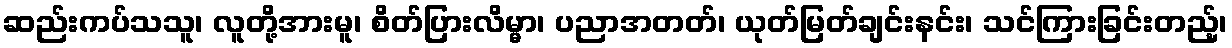
ဆည်းကပ်သသူ၊ လူတို့အားမူ၊ စိတ်ပြားလိမ္မာ၊ ပညာအတတ်၊ ယုတ်မြတ်ချင်းနင်း၊ သင်ကြားခြင်းတည့်၊